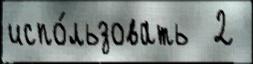
испо́льзовать  2